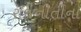
રાજનીતીના